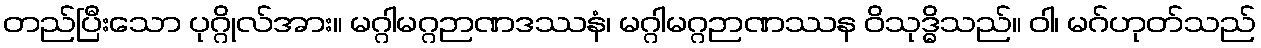
တည်ပြီးသော ပုဂ္ဂိုလ်အား။ မဂ္ဂါမဂ္ဂဉာဏဒဿနံ၊ မဂ္ဂါမဂ္ဂဉာဏဿန ဝိသုဒ္ဓိသည်။ ဝါ၊ မဂ်ဟုတ်သည်